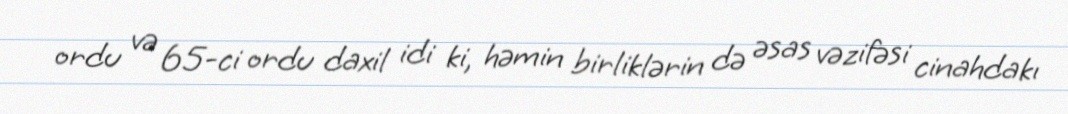
ordu və 65-ci ordu daxil idi ki, həmin birliklərin də əsas vəzifəsi cinahdakı